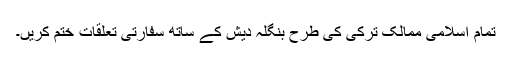
تمام اسلامی ممالک ترکی کی طرح بنگلہ دیش کے ساتھ سفارتی تعلقات ختم کریں۔